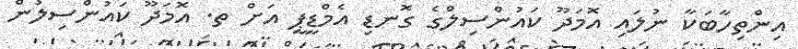
އިންތިހާބަކާ ނުލައި އޮމަދޫ ކައުންސިލްގެ ގޮނޑި އެމްޑީޕީ އަށް ތ. އޮމަދޫ ކައުންސިލުން